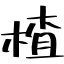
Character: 楂